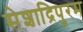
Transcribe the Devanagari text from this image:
सेशाद्रिपुरम